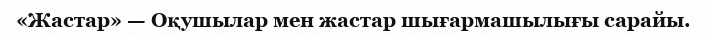
«Жастар» — Оқушылар мен жастар шығармашылығы сарайы.